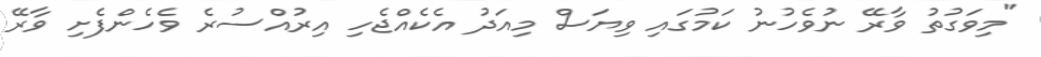
"މިވަގުތު ވާރޭ ނުވެހުނު ކަމުގައި ވިޔަސް މިއަދު އެކެއްޖެހި އިރުއްސުރެ ވެހެންފެށި ވާރޭ